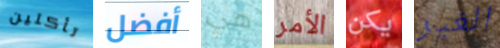
تأكلين أفضل هي الأمر يكن الغير